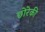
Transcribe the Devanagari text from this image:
छोरेकी